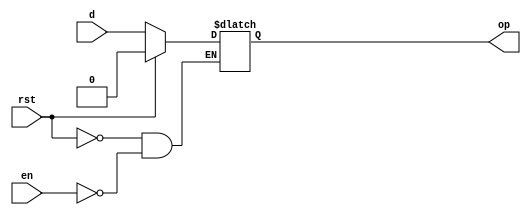
module dl (output reg op, input d,en,rst);
always@(en,d,rst)
begin
if (rst==1'b1) 
op<=1'b0;
else if (en==1'b1)
op<=d;
end
endmodule